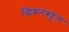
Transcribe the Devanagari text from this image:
ख्रिश्चनबहूल